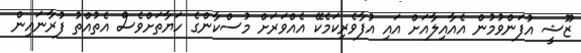
ޒޫޝީ އުފަންވުމުން އެއާއިލާއަށް އައި އުފާވެރިކަމެކޭ އެއްވަރަށް މުސްކާންގެ ހަޔާތަށްވެސް އެތުއްތު ފުރާނައިން